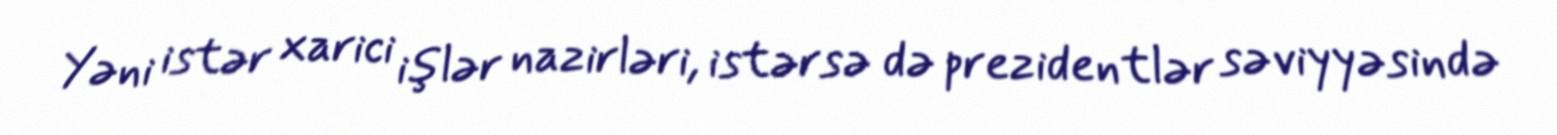
Yəni istər xarici işlər nazirləri, istərsə də prezidentlər səviyyəsində